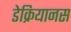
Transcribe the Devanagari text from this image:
डेक्रियानस